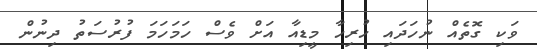
ވަކި ގޮތެއް ނުހަދައި ހުރިހާ މީޑިއާ އަށް ވެސް ހަމަހަމަ ފުރުސަތު ދިނުން